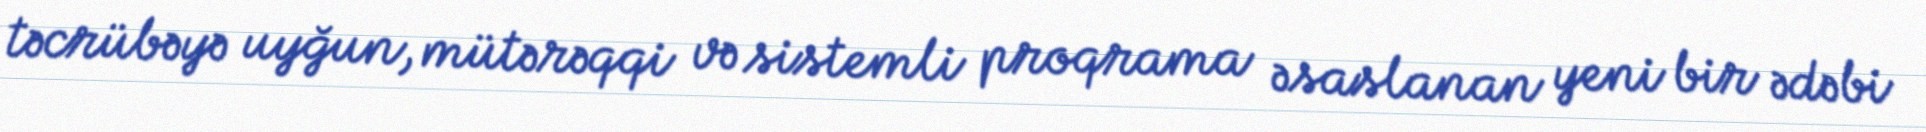
təcrübəyə uyğun, mütərəqqi və sistemli proqrama əsaslanan yeni bir ədəbi